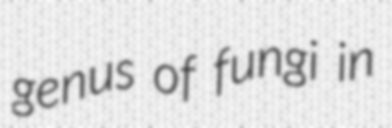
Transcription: genus of fungi in